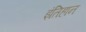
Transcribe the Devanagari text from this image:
इंतिहान